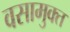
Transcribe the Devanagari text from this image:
वसामुक्त